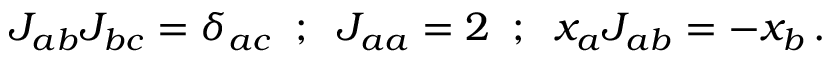
J _ { a b } J _ { b c } = \delta _ { a c } \; \; ; \; \; J _ { a a } = 2 \; \; ; \; \; x _ { a } J _ { a b } = - x _ { b } \, .